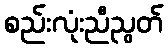
စည်းလုံးညီညွတ်